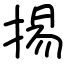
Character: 掦